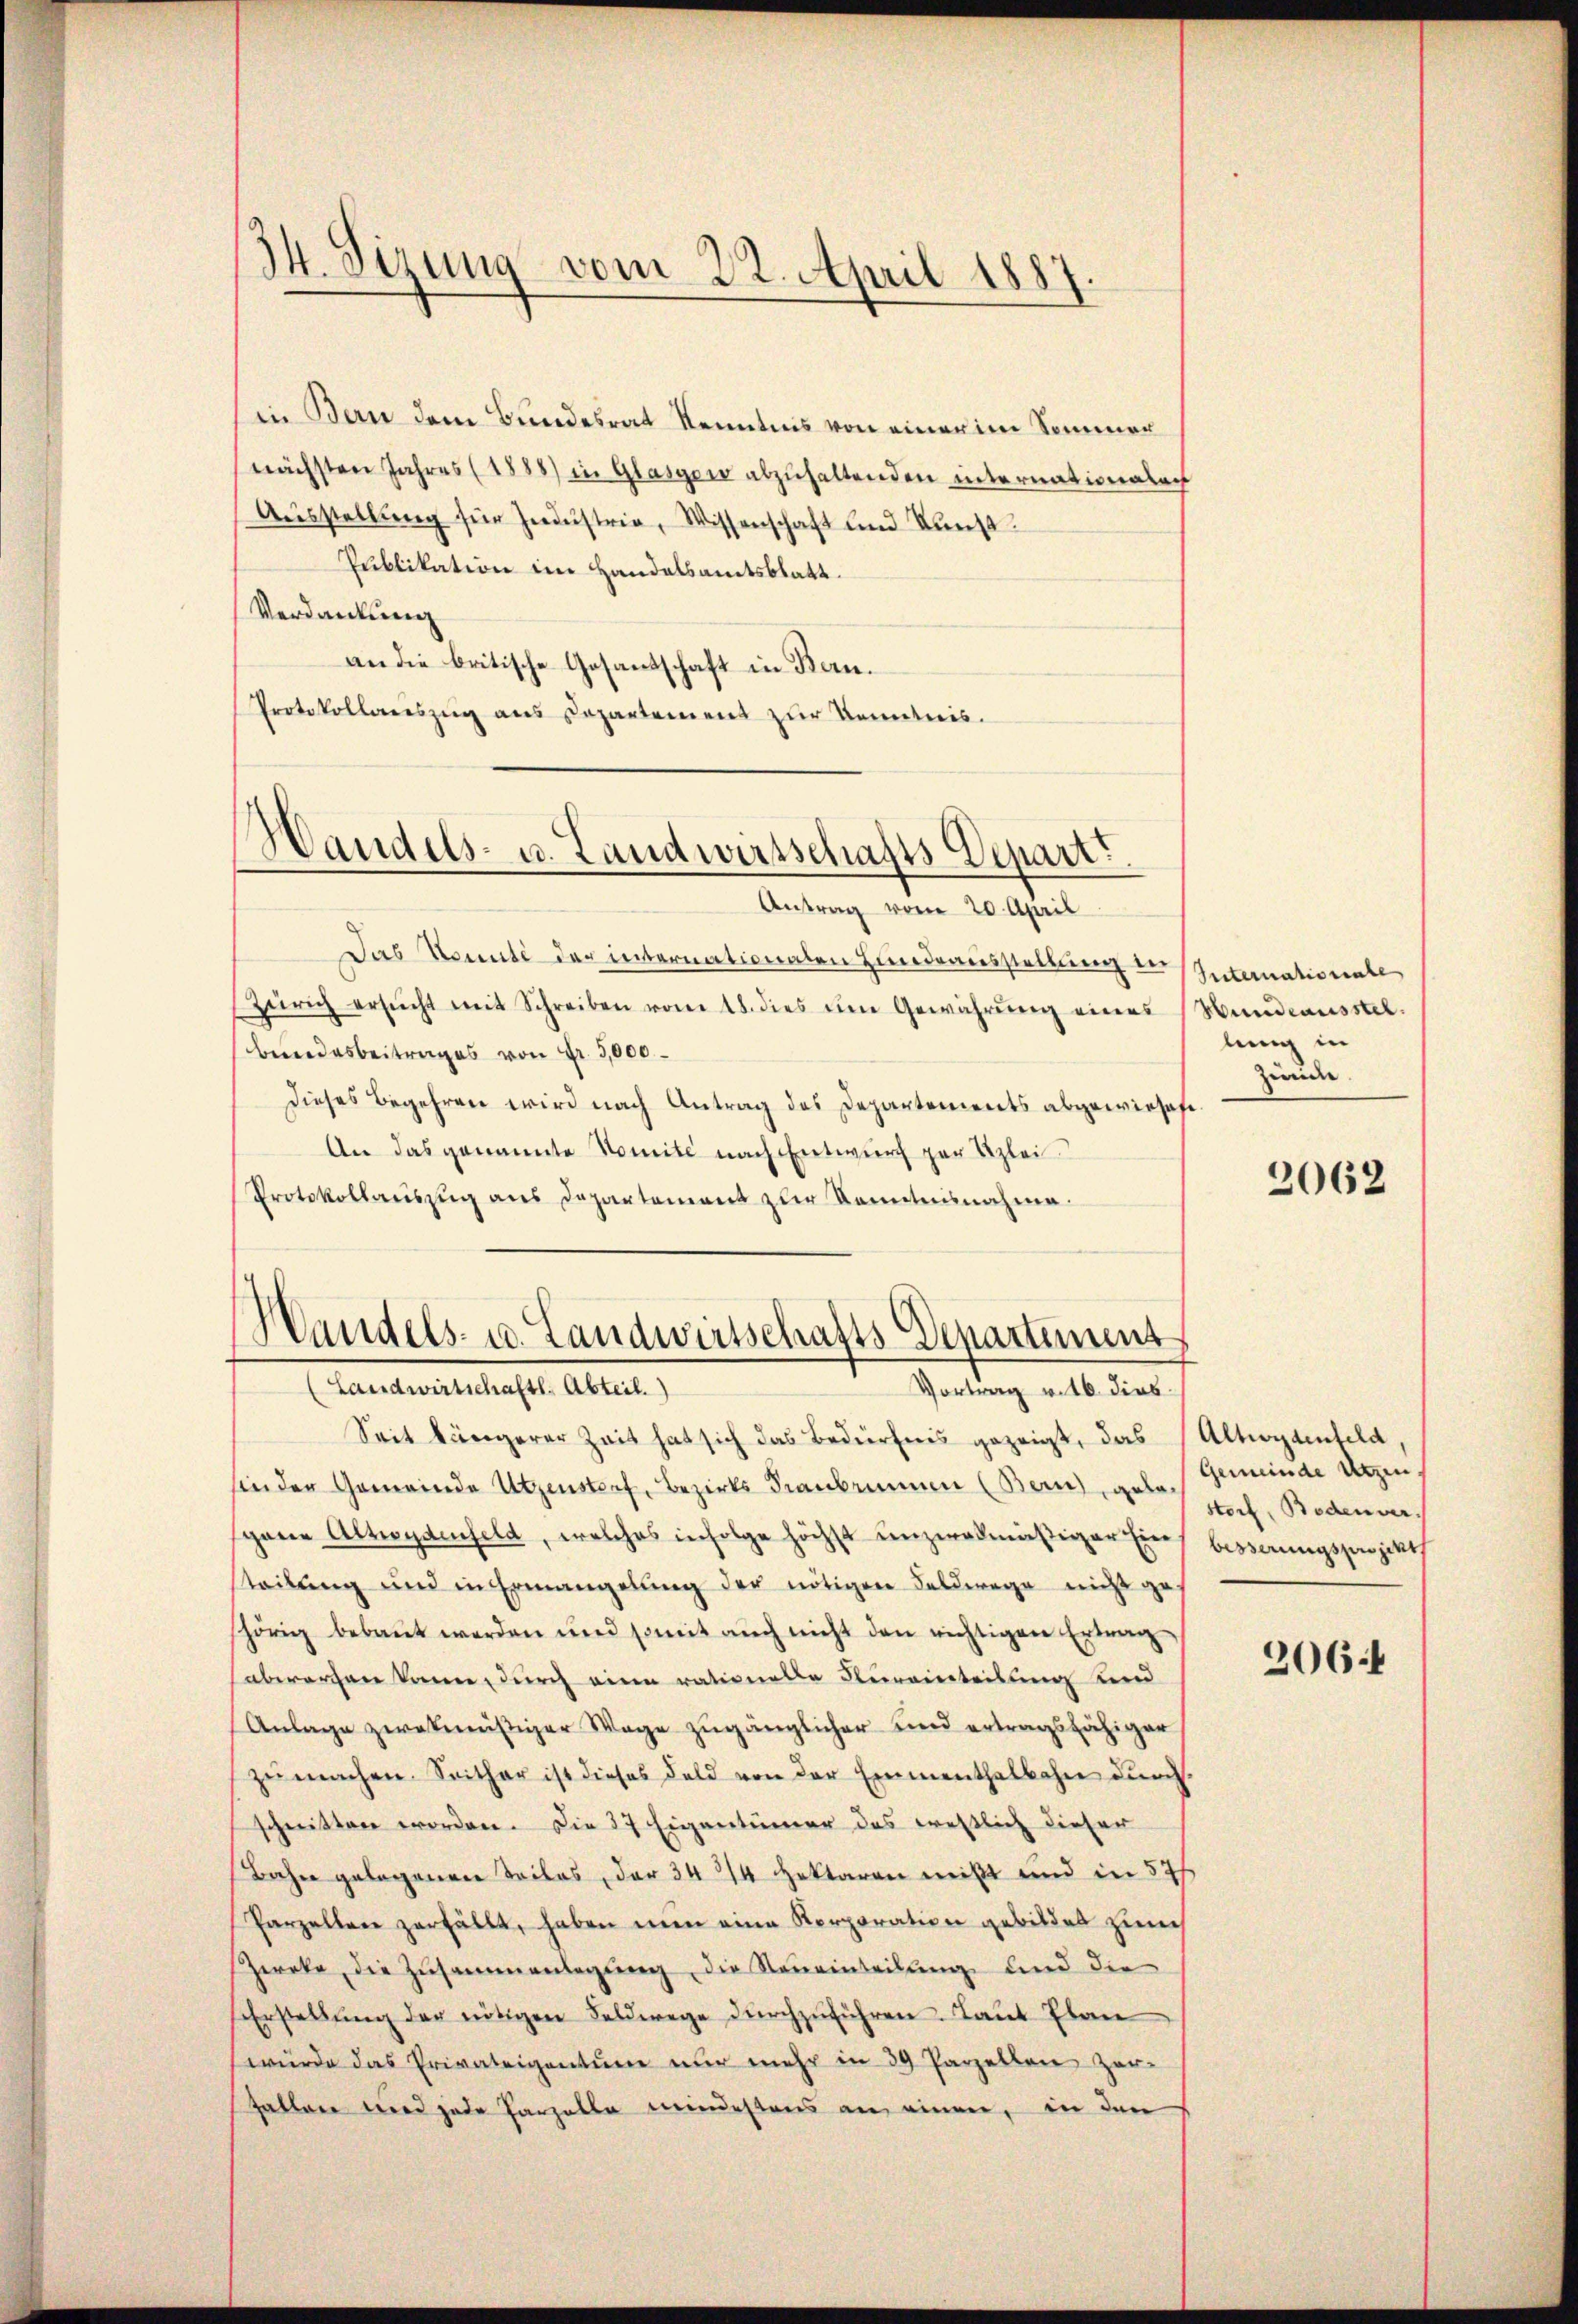
.
14. Sirung vom 22. April 1887.

in Bern dem Bundesrat Kenntnis von einer im Sommer
nächsten Jahres (1888) in Glasgon abzuhaltenden internationabach
Aŭsstellŭng für Indŭstria, Wissenschaft und Kunst
Publikation im Handelsamtsblatt.
Verdankung
an die britische Gesandschaft in Bau¬
Protokollariszug aus Departement zur Kenntnis.

Handels- u. Landwirtschafts Depart.
Antrag vom 20. April

Handels- u. Landwirtschafts-Departement
(Landwirtschaftl. Abteil.)
Vortrag v. 16. dies

Das Konnte der internationalen Hindeausstellung in
Zürich ersŭcht mit Schreiben vom 18. dies im Gewährŭng eines Hundeausstel-
Bundesbeitrages von Fr. 3,000
dieses Begehren wird nach Antrag des Departements abgewieses
An das genannte Nomité nach Entwurf zur Klei
Protokollaŭszŭg ans Departement zur Kenntnisnahme.

Seit längerer Zeit hat sich das Bedürfnis gezeigt, das Altwylenfeld,
sin der Gemeinde Utzenstraf, Bezirks dranbrunnen (Banz, geles Gemeinde Umsgane Altwydenfeld, welches infolge höchst unzwalmäßiger Ein besserungsprojekt
steilung und in Ermangelung der nötigen Feldwege nicht ge
hörig bebaut werden und somit aŭch nicht den richtigen Ertrag
abwarten könne, durch einen rationalle Heirainteilung und
Anlage zwekmäβiger Wage zugänglicher und ertragsfähiger
zŭ machen. Seither ist dieses Feld von der Emmenthalbahn durch
schnitten worden. Die 37 Eigentümer das restlich dieser
Bahn gelegenen Teiles, der 34/4 Hektoren mißt und in 57
Parzellen zerfällt, haben nun eine Korporation gebildet zum
Zweke, die Zusammenlegŭng, die Neueinteilung und die
Erstellŭng der nötigen Feldwege dŭrchzŭführen. Laut Plan
würde das Privateigentum nur mehr in 39 Parzellen Zer-
fallen wird jede Parzella mindestens an einen, in den

Internationale
lung in
Zede

2062

storf, Bodenver

2064